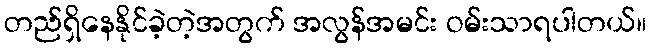
တည်ရှိနေနိုင်ခဲ့တဲ့အတွက် အလွန်အမင်း ဝမ်းသာရပါတယ်။